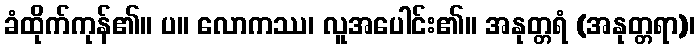
ခံထိုက်ကုန်၏။ ပ။ လောကဿ၊ လူအပေါင်း၏။ အနုတ္တရံ (အနုတ္တရာ)၊